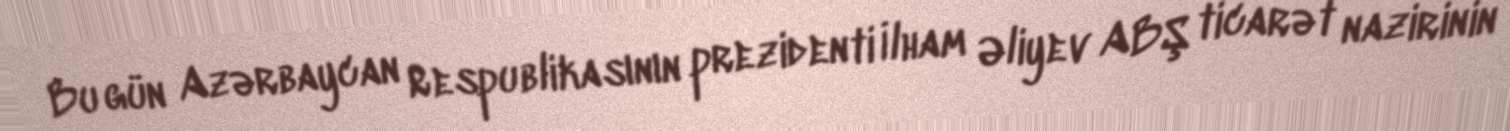
Bu gün Azərbaycan Respublikasının prezidenti İlham Əliyev ABŞ ticarət nazirinin